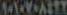
MAWATI